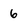
Character: 6